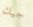
جيك